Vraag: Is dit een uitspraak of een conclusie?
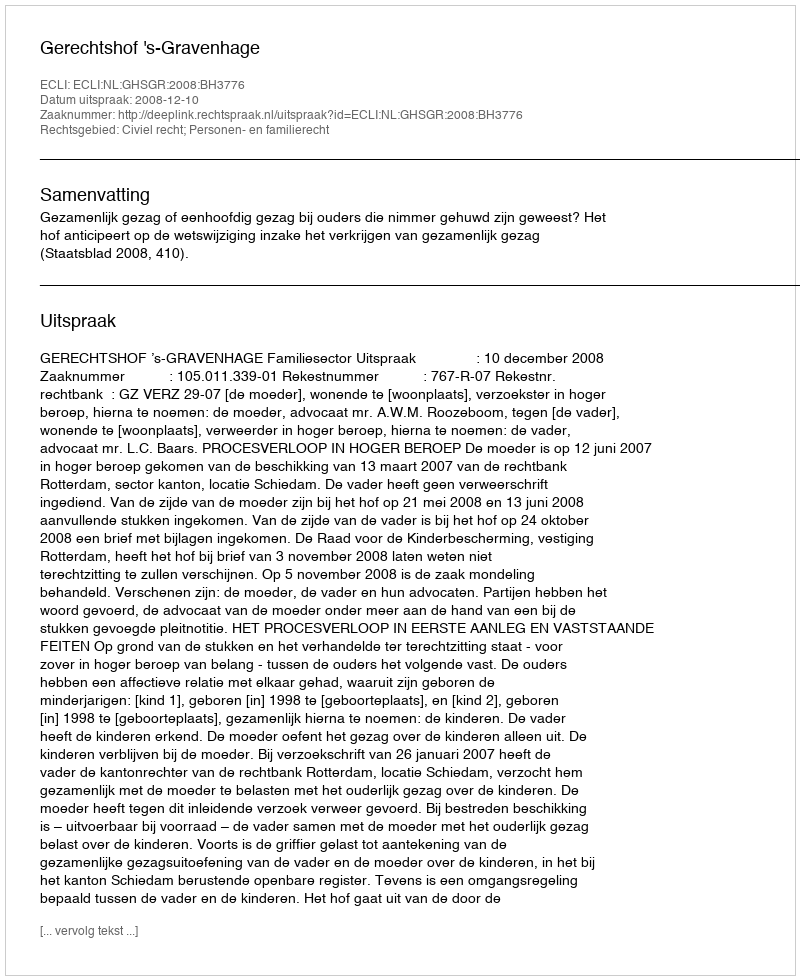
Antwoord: Uitspraak